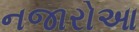
નજારોઆ